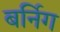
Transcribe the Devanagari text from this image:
बर्निग